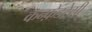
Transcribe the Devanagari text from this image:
कन्फ़ेडरेसी